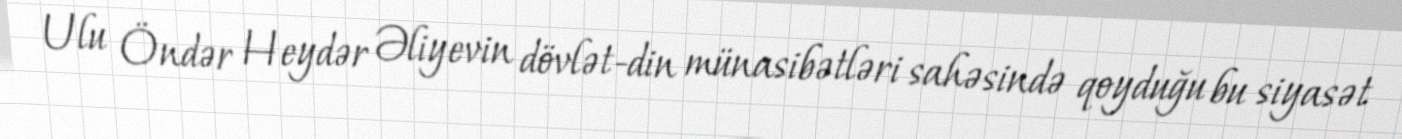
Ulu Öndər Heydər Əliyevin dövlət-din münasibətləri sahəsində qoyduğu bu siyasət